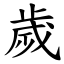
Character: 歲